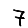
Digit: 7